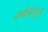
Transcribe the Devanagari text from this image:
वर्षापांसुन